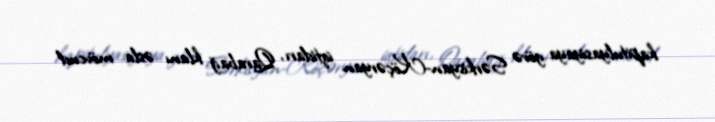
kapitulyasiyaya görə Sərkisyan-Köçəryan iqtidarı, Qarabağ klanı əsla mövcud